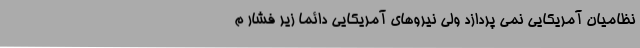
نظامیان آمریکایی نمی پردازد ولی نیروهای آمریکایی دائما زیر فشار م